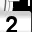
Digit: 2